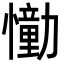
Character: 𢣛